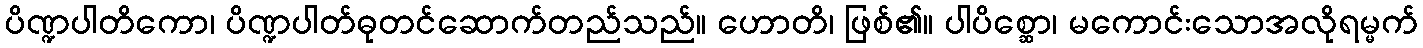
ပိဏ္ဍပါတိကော၊ ပိဏ္ဍပါတ်ဓုတင်ဆောက်တည်သည်။ ဟောတိ၊ ဖြစ်၏။ ပါပိစ္ဆော၊ မကောင်းသောအလိုရမ္မက်